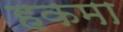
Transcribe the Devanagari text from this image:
हकमा